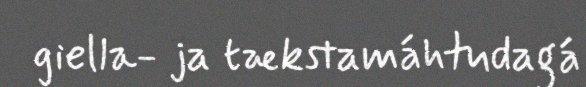
giella- ja tækstamáhtudagá